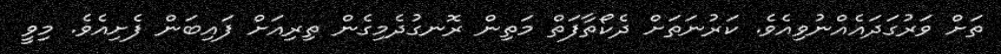
ތަށް ވަރުގަދައެއްނުވިއެވެ. ކަރުނަތަށް ދެކޯތާފަތް މަތިން ރޮނގުދެމިގެން ތިރިއަށް ފައިބަން ފެށިއެވެ. މިވީ